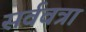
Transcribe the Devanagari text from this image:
सर्ववत्रा